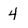
Character: 4